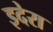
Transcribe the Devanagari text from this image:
इदेरा